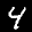
Label: 4